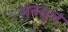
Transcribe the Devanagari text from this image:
मनसुल